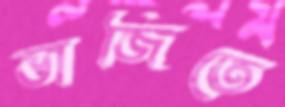
ভাজিতে